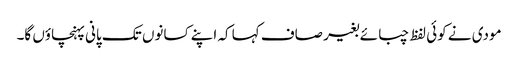
مودی نے کوئی لفظ چبائے بغیر صاف کہا کہ اپنے کسانوں تک پانی پہنچاؤں گا۔